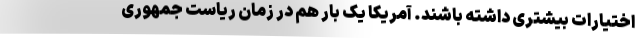
اختیارات بیشتری داشته باشند. آمریکا یک بار هم در زمان ریاست جمهوری